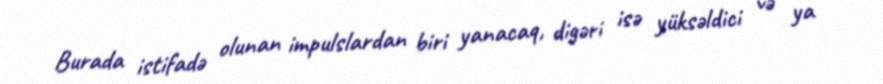
Burada istifadə olunan impulslardan biri yanacaq, digəri isə yüksəldici və ya